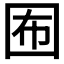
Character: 𡇊